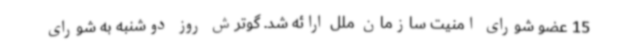
15 عضو شورای امنیت سازمان ملل ارائه شد. گوترش روز دوشنبه به شورای